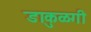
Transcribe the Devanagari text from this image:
डाकुळगी